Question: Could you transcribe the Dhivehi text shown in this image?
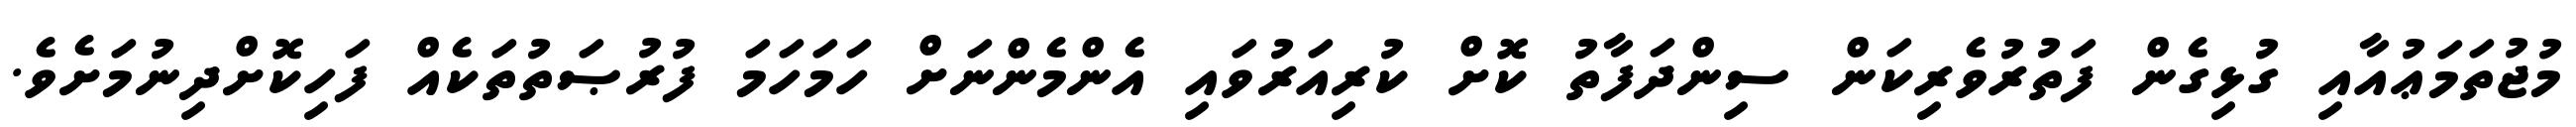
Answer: މުޖުތަމަޢުއާއި ގުޅިގެން ފަތުރުވެރިކަން ސިންދަފާތު ކޮށް ކުރިއަރުވައި އެންމެންނަށް ހަމަހަމަ ފުރުޞަތުތަކެއް ފަހިކޮށްދިނުމަށެވެ.